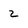
Character: z